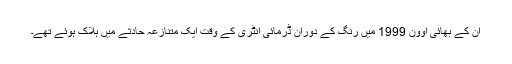
ان کے بھائی اوون 1999 میں رنگ کے دوران ڈرمائی انٹری کے وقت ایک متنازعہ حادثے میں ہلاک ہوئے تھے۔